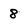
Character: 8